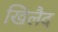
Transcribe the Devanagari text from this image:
खिलैद